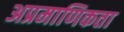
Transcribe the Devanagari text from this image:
अप्रमाणिकता